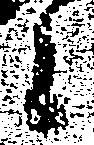
候